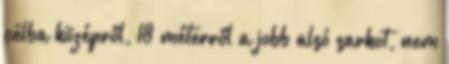
célba középről, 18 méterről a jobb alsó sarkot, nem